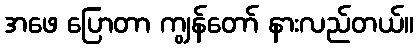
အဖေ ပြောတာ ကျွန်တော် နားလည်တယ်။